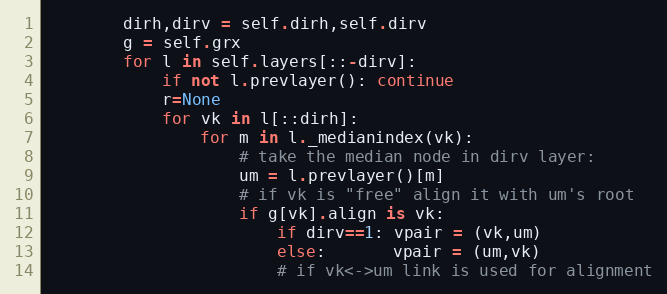
Language: Python
        dirh,dirv = self.dirh,self.dirv
        g = self.grx
        for l in self.layers[::-dirv]:
            if not l.prevlayer(): continue
            r=None
            for vk in l[::dirh]:
                for m in l._medianindex(vk):
                    # take the median node in dirv layer:
                    um = l.prevlayer()[m]
                    # if vk is "free" align it with um's root
                    if g[vk].align is vk:
                        if dirv==1: vpair = (vk,um)
                        else:       vpair = (um,vk)
                        # if vk<->um link is used for alignment